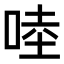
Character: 𠵕